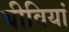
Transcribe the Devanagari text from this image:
बीवियां